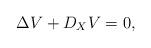
LaTeX: \begin{align*} \Delta V + D_X V = 0, \end{align*}